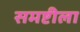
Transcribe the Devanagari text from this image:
समष्टीला